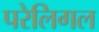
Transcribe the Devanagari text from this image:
परेलिगल